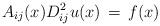
LaTeX: \begin{align*}A_{ij}(x)D^2_{ij}u(x)\, =\, f(x) \end{align*}